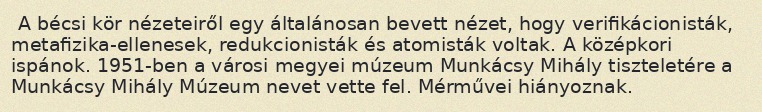
A bécsi kör nézeteiről egy általánosan bevett nézet, hogy verifikácionisták, metafizika-ellenesek, redukcionisták és atomisták voltak. A középkori ispánok. 1951-ben a városi megyei múzeum Munkácsy Mihály tiszteletére a Munkácsy Mihály Múzeum nevet vette fel. Mérművei hiányoznak.